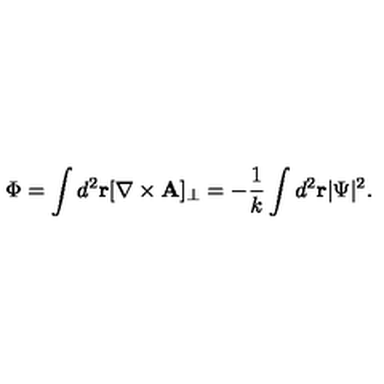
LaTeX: \Phi = \int d ^ { 2 } { \bf r } [ \nabla \times { \bf A } ] _ { \perp } = - { \frac { 1 } { k } } \int d ^ { 2 } { \bf r } | \Psi | ^ { 2 } .